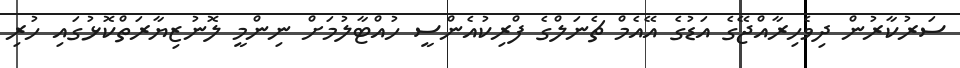
ސަރުކާރުން ދިވެހިރާއްޖޭގެ އަޑުގެ އޭއެމް ޗެނަލްގެ ފްރިކުއެންސީ ހުއްޓާލުމަށް ނިންމީ ލޮނުޒިޔާރަތްކޮޅުގައި ހުރި